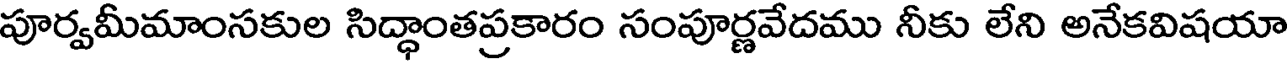
పూర్వమీమాంసకుల సిద్ధాంతప్రకారం సంపూర్ణవేదము నీకు లేని అనేకవిషయా